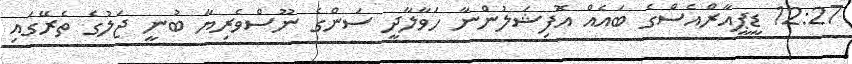
12:27 ޑީޕީއާރްއެސްގެ ބައެއް އޮފިޝަލުންނާ ހަވާލާދީ ސަންގެ ނޫސްވެރިޔާ ބުނީ ޖަލުގެ ތެރޭގައި